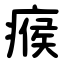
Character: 瘊